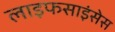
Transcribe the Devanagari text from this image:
लाइफसाइंसेस